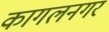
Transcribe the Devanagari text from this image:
कागलनगर